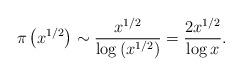
LaTeX: \begin{align*}\pi\left(x^{1/2}\right)\sim\frac{x^{1/2}}{\log\left(x^{1/2}\right)}=\frac{2x^{1/2}}{\log{x}}.\end{align*}